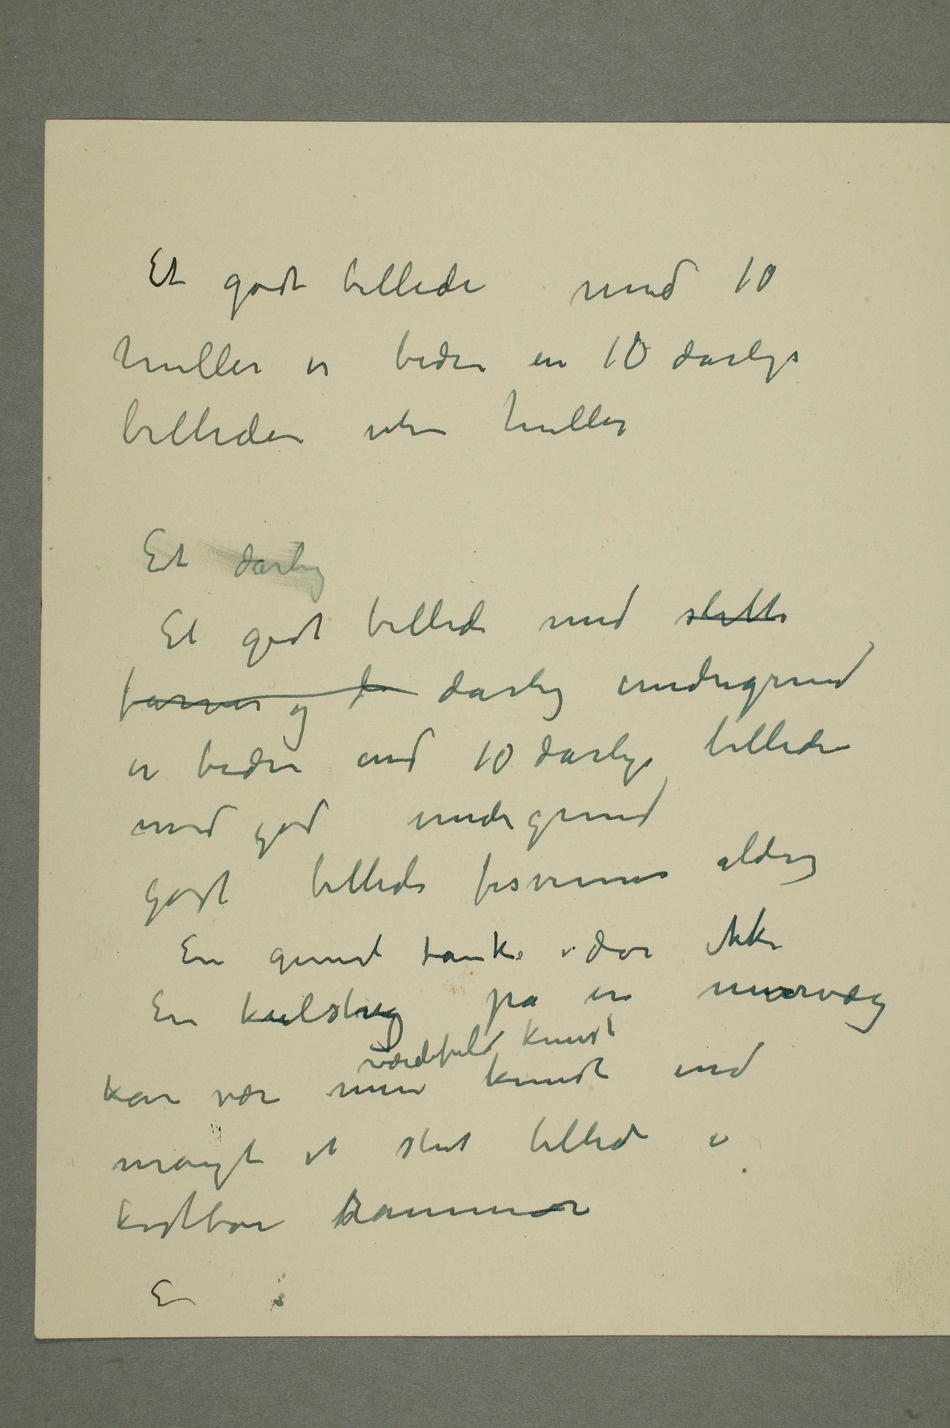
Et godt billede med 10
huller er bedre en 10 dårlige
billeder uten huller
Et dårlig
Et godt billede med slitte
farver og d dårlig undergrund
er bedre end 10 dårlige billeder
med god undergrund
Godt billede forsvinner aldrig
En genial tanke dør ikke
En kulstreg på en murvæg
kunst end
mangt et stort billede i
kostbare rammer